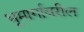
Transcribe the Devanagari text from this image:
भूमार्गावरील